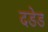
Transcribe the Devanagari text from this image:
दडेड